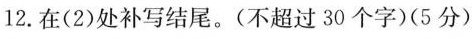
12.在(2)处补写结尾。(不超过30个字)(5分)